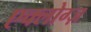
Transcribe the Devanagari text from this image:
एक्लोग्ज़